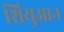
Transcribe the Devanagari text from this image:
शियुआन